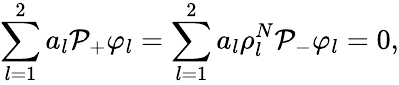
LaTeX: \sum_{l=1}^{2}a_{l}\mathcal{P}_{+}\varphi_{l}=\sum_{l=1}^{2}a_{l}\rho_{l}^{N}\mathcal{P}_{-}\varphi_{l}=0,